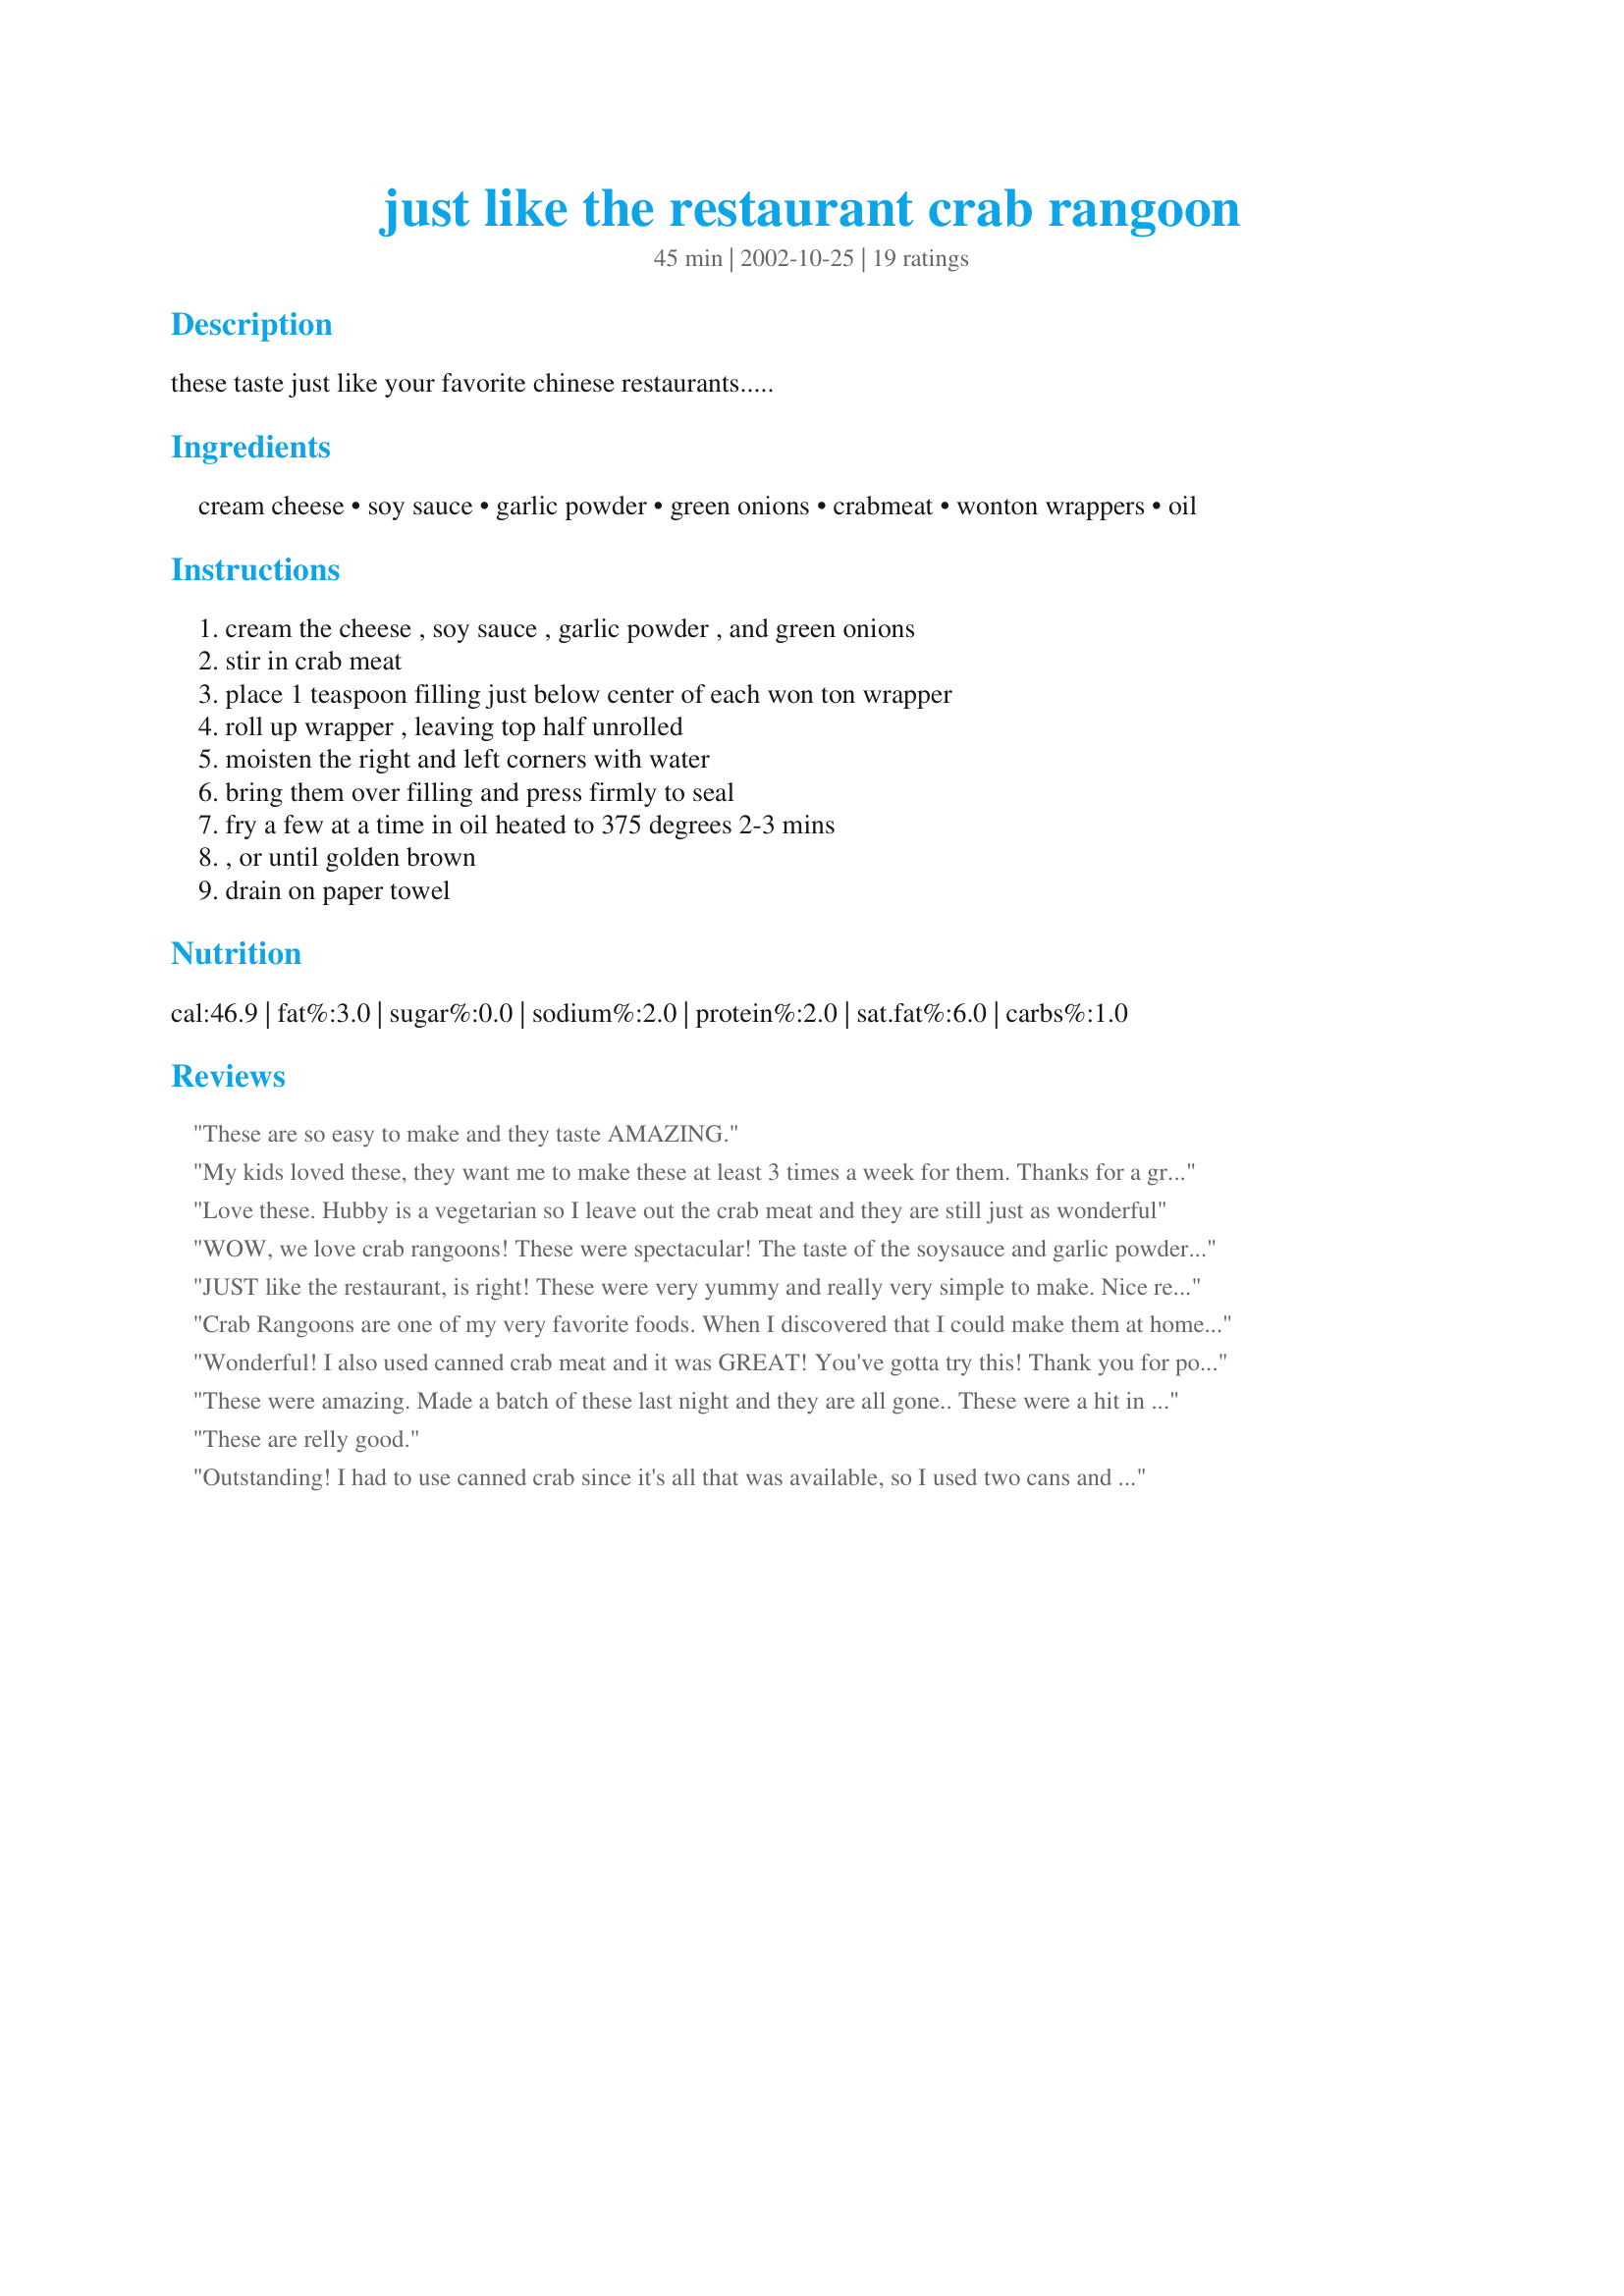
just like the restaurant crab rangoon
Preparation time: 45 minutes

these taste just like your favorite chinese restaurants.....

Ingredients:
cream cheese, soy sauce, garlic powder, green onions, crabmeat, wonton wrappers, oil

Steps:
cream the cheese , soy sauce , garlic powder , and green onions, stir in crab meat, place 1 teaspoon filling just below center of each won ton wrapper, roll up wrapper , leaving top half unrolled, moisten the right and left corners with water, bring them over filling and press firmly to seal, fry a few at a time in oil heated to 375 degrees 2-3 mins, , or until golden brown, drain on paper towel

Reviews:
These are so easy to make and they taste AMAZING.
My kids loved these, they want me to make these at least 3 times a week for them. Thanks for a great recipe!
Love these. Hubby is a vegetarian so I leave out the crab meat and they are still just as wonderful
WOW, we love crab rangoons! These were spectacular! The taste of the soysauce and garlic powder gave it a more tasty rangoon. Instead of making them like original rangoons, I rolled the wonton wrapper over and cut into four pieces to make for the appetizers. These are the best rangoons by far. Thanks Capncrunch
JUST like the restaurant, is right! These were very yummy and really very simple to make. Nice recipe for an appetizer or as a prelude to a Chinese meal. Thank you!
Crab Rangoons are one of my very favorite foods. When I discovered that I could make them at home I decided to try a couple of recipes and this is the one that has a permanent spot in my cookbook and my menu. These are so dang good I don't ever need to go to a chinese restaurant again. I do fry them in peanut oil to get that authentic chinese restaurant flavor. Also, I mix up a batch of the stuffing and make the rangoons as I want them. Don't pass this recipe up!
Wonderful! I also used canned crab meat and it was GREAT! You've gotta try this! Thank you for posting.
These were amazing. Made a batch of these last night and they are all gone.. These were a hit in my house.. Thank you for the great recipe :D Will be making again
These are relly good.
Outstanding! I had to use canned crab since it's all that was available, so I used two cans and it came out very well with a nice meaty crabmeat proportion. I need to be a bit more careful in sealing them next time as a little of my filling leaked out on one or two, but they were still great. I froze half the batch to cook at a later date, and I'm already wanting to get to them. :-) Thanks for posting this, it's a keeper.
Anyone passing up this recipe is making a mistake! These deserve 10-STARS! I make them all of the time, especially when company is coming over. They disappear immediately. I serve them with Sweet and Sour Sauce. I can't believe I'm the only one who has rated this so far! Try these perfect appetizers and you won't be sorry! Thanks, Capncruch!
Oh so good. I made these to go with our Asian themed dinner one night. I had a few blow outs but that was my own fault for not making sure the air was all out when sealing them. I will make these again, who knew that they were so easy. Thank you for posting.
My son ate so many of these we lost count. These were absolutely wonderful - and they were, indeed, just like the restaurant. My favorite!
Made these for a big anniversary dinner. They were amazing. Next time I will use flaked crab flavored meat (tough to find crab in Denver) instead of pieces but they were awesome. Loved the flavor from the soy sauce and garlic. Glad I found this recipe!
Great appy, wonderful taste and a crowd pleaser. Thanks for posting Capn'.
I made these for my housewarming party, and by the time I got around to grabbing a few snacks, they were all gone! Definitely a great crowd pleaser-even my fussy DH enjoyed them! I recommend using peanut oil for frying-it adds a really nice taste. Thanks for posting, Capn'
These were close but the filling wasn&#039;t quite as sweet as the crab rangoon I&#039;ve had at our local Chinese restaurants.
Excellent! These are better than anything we can get at the restaurant. I'm making them again, and we just had them 2 days ago with supper. We're a little tight on money, so I used imitation crab meat and it still tasted great!!
Better than the restaurant, there's no sugar in these!!! Thanks!
